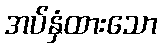
အပ်နှံထားသော